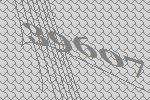
39607